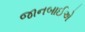
જાનબાઈએ